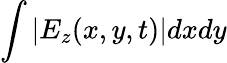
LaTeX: \int|E_{z}(x,y,t)|dxdy